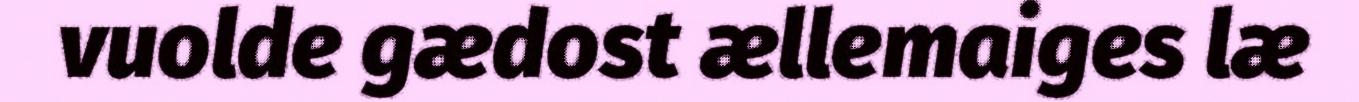
vuolde gædost ællemaiges læ